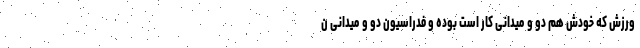
ورزش که خودش هم دو و میدانی کار است بوده و فدراسیون دو و میدانی ن